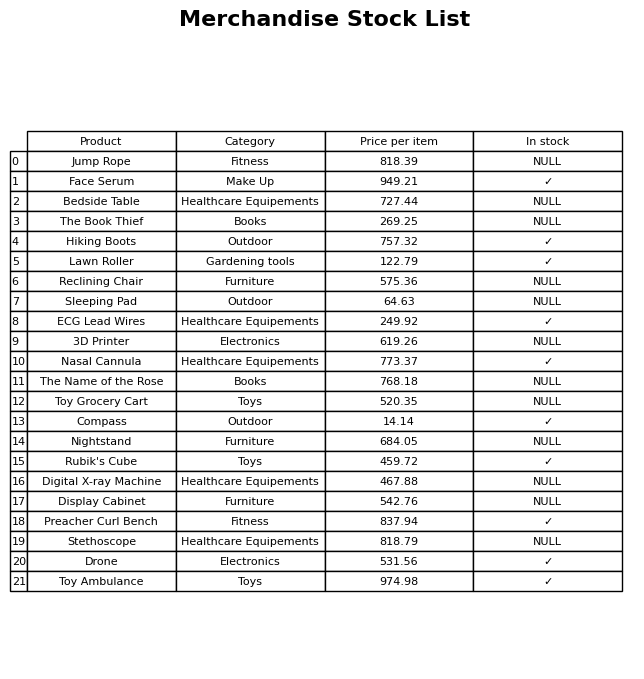
question: What is the price of the Face Serum?
answer: The price of Face Serum is 949.21.